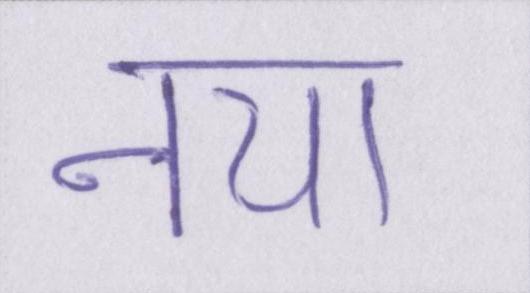
नया